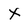
Character: x